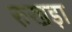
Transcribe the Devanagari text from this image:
रुखड़ा